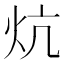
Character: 炕